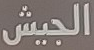
الجيش